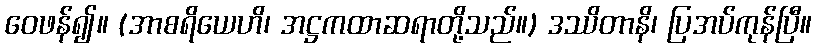
ဝေဖန်၍။ (အာစရိယေဟိ၊ အဋ္ဌကထာဆရာတို့သည်။) ဒဿိတာနိ၊ ပြအပ်ကုန်ပြီ။